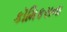
કૉમિકસના